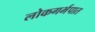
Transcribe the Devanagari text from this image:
लोकगर्भपात